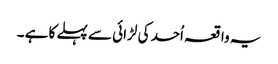
یہ واقعہ اُحد کی لڑائی سے پہلے کا ہے ۔